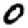
Digit: 0